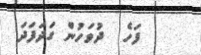
ފަހެ  ދުވަހުން ގަދަފަދަ